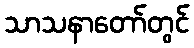
သာသနာတော်တွင်